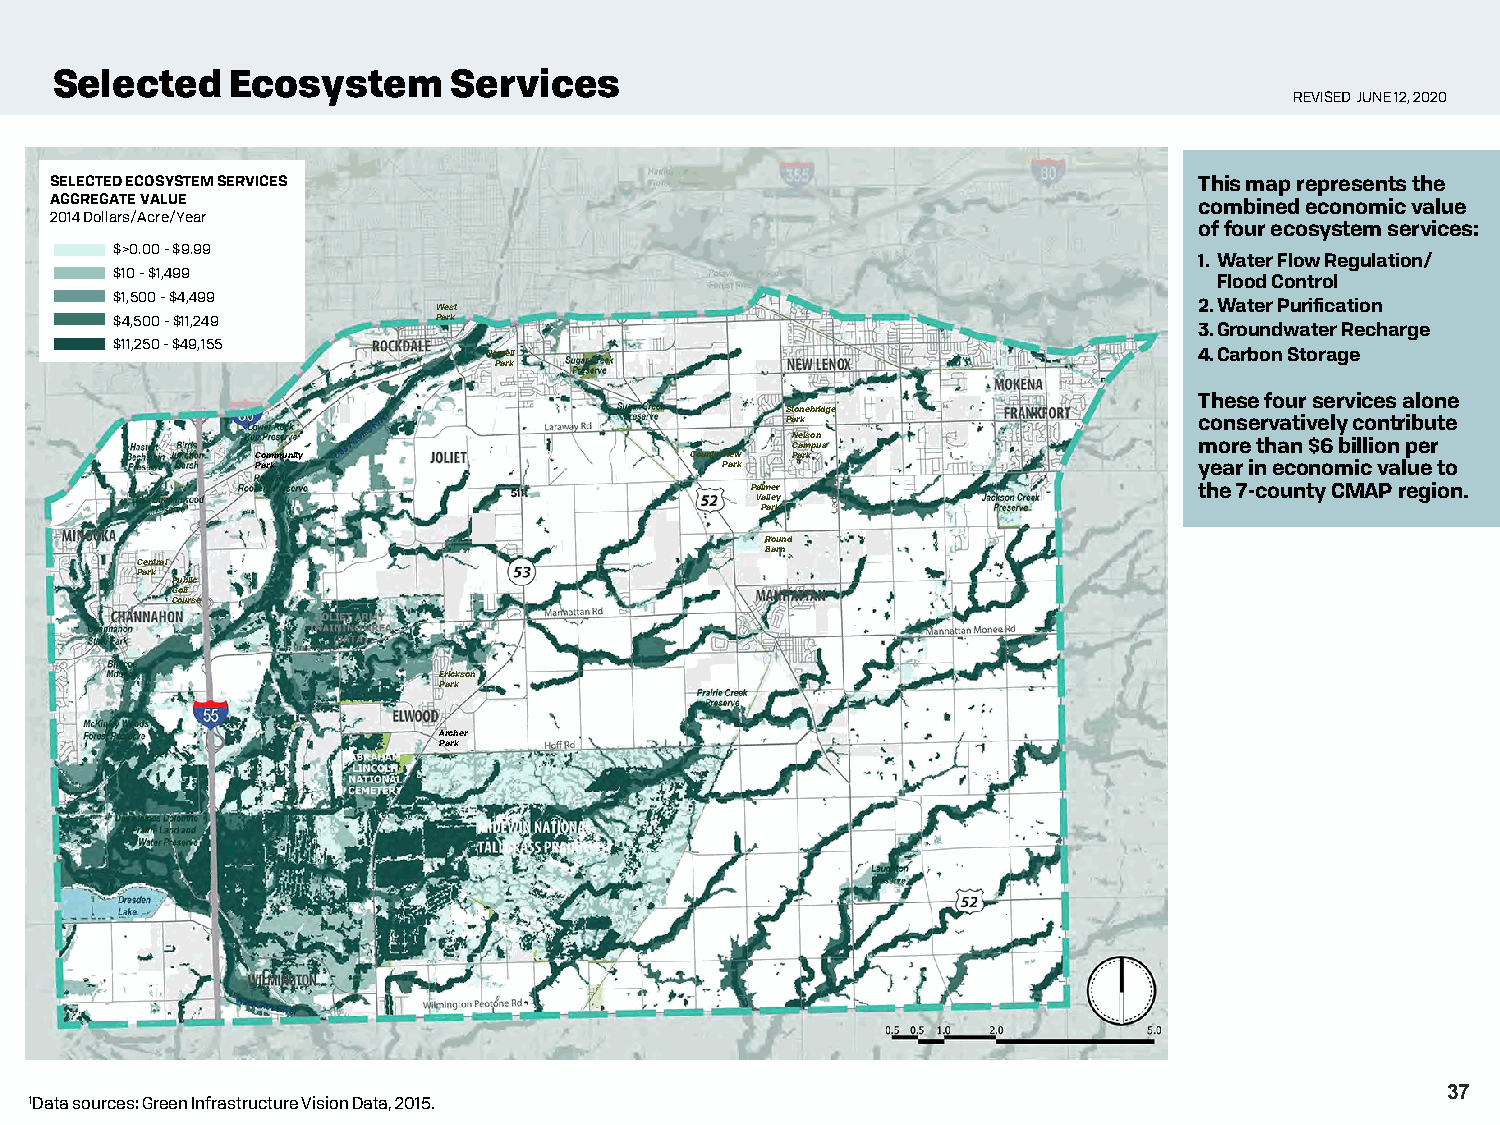
Selected    Ecosystem      Services
 REVISED JUNE 12, 2020
 SELECTED ECOSYSTEM SERVICES                                                 This map represents the
 AGGREGATE VALUE                                                             combined economic value
 2014 Dollars/Acre/Year
 of four ecosystem services:
 $>0.00 -$9.99
 1. Water Flow Regulation/
 $10 -$1,499
 Flood Control
 $1,500 -$4,499
 West                                              2.Water Purification
 $4,500 -$11,249       Park
 3.Groundwater Recharge
 $11,250 -$49,155
 Nowell                                         4.Carbon Storage
 Park
 These four services alone
 Stonebridge
 Park                       conservatively contribute
 Nelson
 Campus                     more than $6 billion per
 Community                    Countryview Park
 Park                           Park                           year in economic value to
 Palmer                       the 7-county CMAP region.
 Valley
 Park
 Round
 Barn
 Central
 Park
 Public
 Golf
 Course
 Erickson
 Park
 Archer
 Park
 37
 1Data sources: Green Infrastructure Vision Data, 2015.